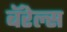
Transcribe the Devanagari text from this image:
बॅरेल्स